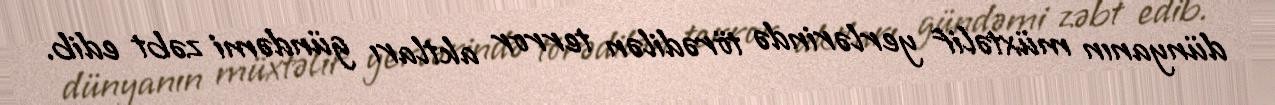
dünyanın müxtəlif yerlərində törədilən terror aktları gündəmi zəbt edib.